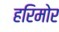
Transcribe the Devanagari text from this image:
हरिमोर